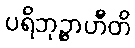
ပရိဘုဉ္ဇာဟီတိ